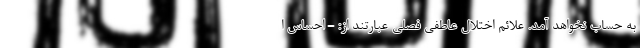
به حساب نخواهد آمد. علائم اختلال عاطفی فصلی عبارتند از: - احساس ا